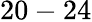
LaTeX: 20-24